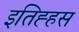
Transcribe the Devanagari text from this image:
इतिह्हस